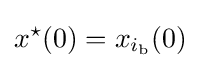
x^{\star }(0)=x_{i_{\text{b}}}(0)